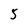
Character: 5